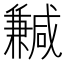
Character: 𠔺